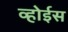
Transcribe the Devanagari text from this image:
व्होईस